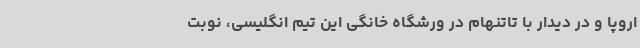
اروپا و در دیدار با تاتنهام در ورشگاه خانگی این تیم انگلیسی، نوبت